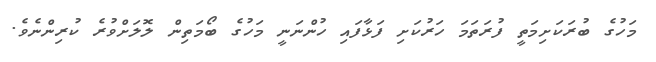
މަހުގެ ބުރަކަށިމަތީ ފުރަތަމަ ހަރުކަށި ފަޅާފައި ހުންނަނީ މަހުގެ ބޯމަތިން ލޮލަށްވުރެ ކުރިންނެވެ.